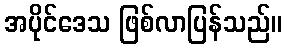
အပိုင်ဒေသ ဖြစ်လာပြန်သည်။